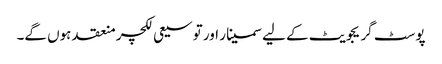
پوسٹ گریجویٹ کے لیے سمینار اور توسیعی لکچر منعقد ہوں گے۔